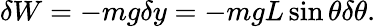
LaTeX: \delta W=-mg\delta y=-mgL\sin\theta\delta\theta.